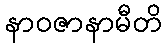
နာဝဇာနာမီတိ